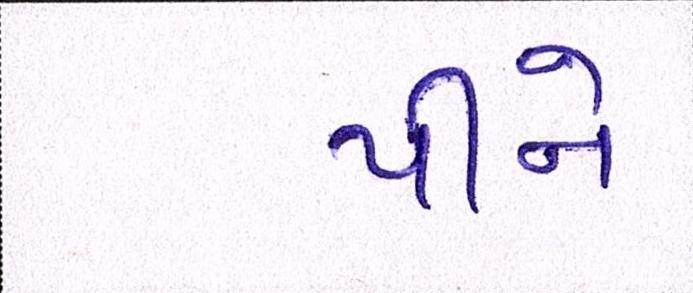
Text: પીને